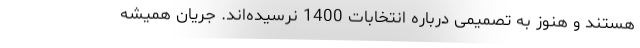
هستند و هنوز به تصمیمی درباره انتخابات 1400 نرسیده‌اند. جریان همیشه